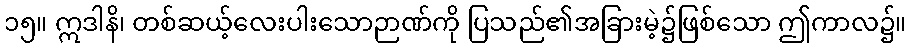
၁၅။ ဣဒါနိ၊ တစ်ဆယ့်လေးပါးသောဉာဏ်ကို ပြသည်၏အခြားမဲ့၌ဖြစ်သော ဤကာလ၌။